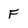
Character: F